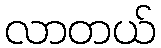
လာတယ်